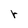
Character: r